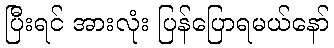
ပြီးရင် အားလုံး ပြန်ပြောရမယ်နော်